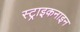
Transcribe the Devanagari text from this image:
स्ट्राइकनाइन